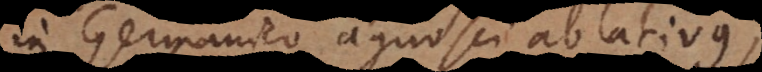
in Germanico agnosci ablativus;